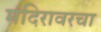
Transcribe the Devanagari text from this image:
मंदिरावरचा